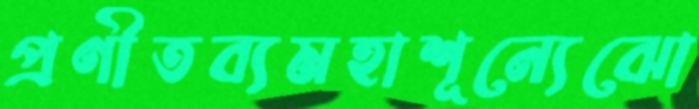
প্রণীতব্যমহাশূন্যেঝো